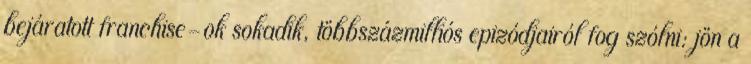
bejáratott franchise-ok sokadik, többszázmilliós epizódjairól fog szólni: jön a